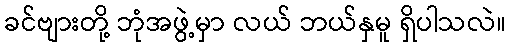
ခင်ဗျားတို့ ဘုံအဖွဲ့မှာ လယ် ဘယ်နှမူ ရှိပါသလဲ။